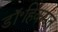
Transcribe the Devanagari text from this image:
डॉ॰हिकमत